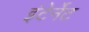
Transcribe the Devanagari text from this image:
इंटेर्नेट